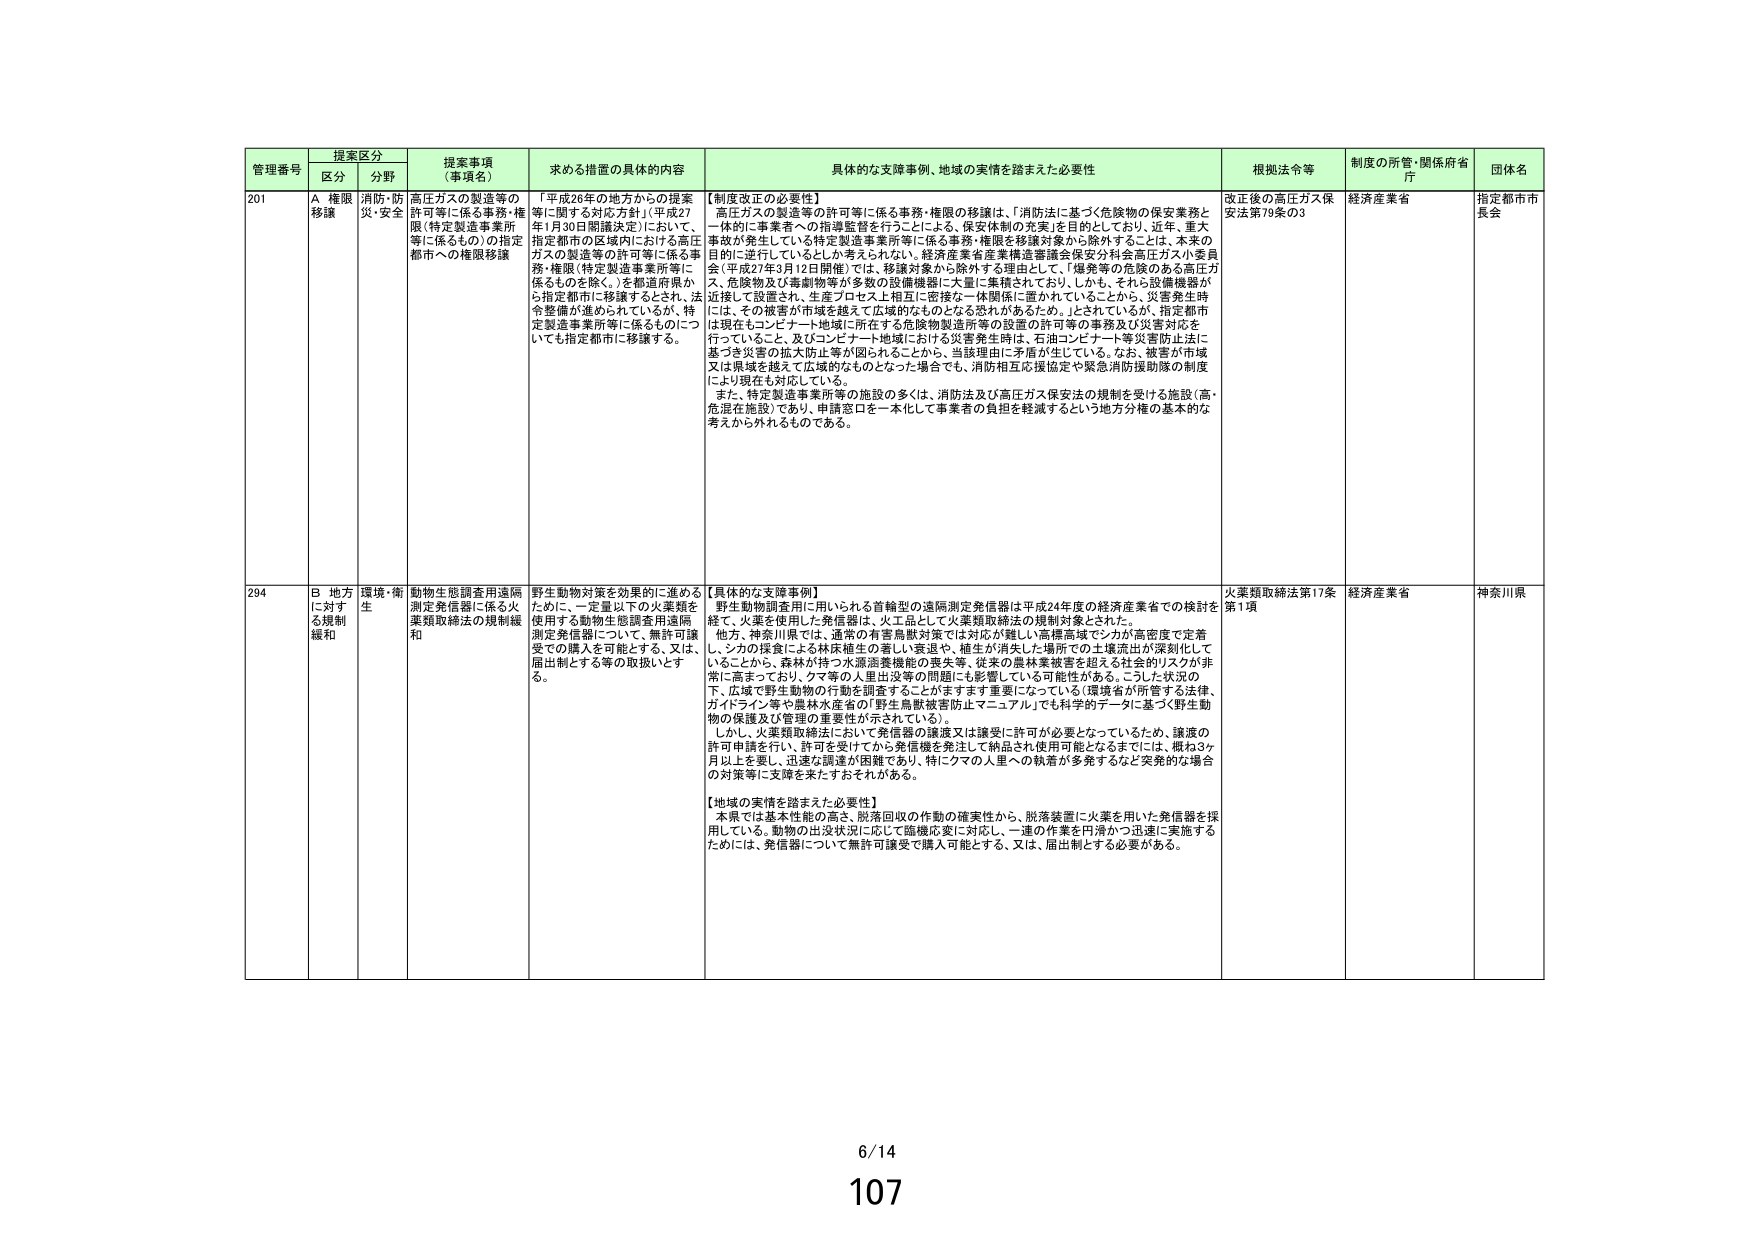
管理番号 提案区分 提案事項（事項名） 求める措置の具体的内容 具体的な支援事例、地域の実情を踏まえた必要性 根拠法令等 制度の所管・関係府省庁 団体名
区分 分野
201 A 権限移譲 消防・防災・安全 高圧ガスの製造等の許可等に係る事務・権限（特定製造事業所等に係るもの）の指定都市への権限移譲 「平成26年の地方からの提案等に関する対応方針」（平成27年1月30日閣議決定）において、指定都市の区域内における高圧ガスの製造等の許可等に係る事務・権限（特定製造事業所等に係るものを除く。）を都道府県から指定都市に移譲するとされ、法令整備が進められているが、特定製造事業所等に係るものについても指定都市に移譲する。
【制度改正の必要性】
高圧ガスの製造等の許可等に係る事務・権限の移譲は、「消防法に基づく危険物の保安業務と一体的に事業者への指導監督を行うことによる、保安体制の充実」を目的としており、近年、重大事故が発生している特定製造事業所等に係る事務・権限を移譲対象から除外することは、本来の目的に逆行しているとしか考えられない。経済産業省産業構造審議会保安分科会高圧ガス小委員会（平成27年2月12日開催）では、移譲対象から除外する理由として、「爆発等の危険のある高圧ガス、危険物及び毒劇物等が多数の設備機器に大量に集積されており、しかも、それら設備機器が近接して設置され、生産プロセス上相互に密接な一体関係に置かれていることから、災害発生時には、その被害が市域を越えて広域的なるとなる恐れがあるため。」とされているが、指定都市は現在もコンビナート地域に所在する危険物製造所等の設置の許可等の事務及び災害対応を行っていること、及びコンビナート地域における災害発生時は、石油コンビナート等災害防止法に基づき災害の拡大防止等が図られることから、当該理由に矛盾が生じている。なお、被害が市域又は県域を越えて広域的なものとなった場合でも、消防相互応援協定や緊急消防援助隊の制度により現在も対応している。
また、特定製造事業所等の施設の多くは、消防法及び高圧ガス保安法の規制を受ける施設（高・危混在施設）であり、申請窓口を一本化して事業者の負担を軽減するという地方分権の基本的な考えから外れるものである。
改正後の高圧ガス保安法第79条の3 経済産業省 指定都市市長会
294 B 地方に対する規制緩和 環境・衛生 動物生態調査用遠隔測定発信器に係る火薬類取締法の規制緩和 野生動物対策を効果的に進めるために、一定量以下の火薬類を使用する動物生態調査用遠隔測定発信器について、無許可譲受での購入を可能とする、又は、届出制とする等の取扱いとする。
【具体的な支援事例】
野生動物調査用に用いられる首輪型の遠隔測定発信器は平成24年度の経済産業省での検討を経て、火薬を使用した発信器は、火工品として火薬類取締法の規制対象とされた。
他方、神奈川県では、通常の有害鳥獣対策では対応が難しい高標高域でシカが高密度で定着し、シカの採食による林床植生の著しい衰退や、植生が消失した場所での土壌流出が深刻化していることから、森林が持つ水源涵養機能の喪失等、従来の農林業被害を超える社会的リスクが非常に高まっており、クマ等の入里出没等の問題にも影響している可能性がある。こうした状況の下、広域で野生動物の行動を調査することがますます重要になっている（環境省が所管する法律、ガイドライン等や農林水産省の「野生鳥獣被害防止マニュアル」でも科学的データに基づく野生動物の保護及び管理の重要性が示されている）。
しかし、火薬類取締法において発信器の譲渡又は譲受に許可が必要となっているため、譲渡の許可申請を行い、許可を受けてから発信機を発注して納品され使用可能となるまでには、概ね3ヶ月以上を要し、迅速な調達が困難であり、特にクマの入里への執着が多発するなど突発的な場合の対策等に支障を来たすおそれがある。
【地域の実情を踏まえた必要性】
本県では基本性能の高さ、脱落回収の作動の確実性から、脱落装置に火薬を用いた発信器を採用している。動物の出没状況に応じて臨機応変に対応し、一連の作業を円滑かつ迅速に実施するためには、発信器について無許可譲受で購入可能とする、又は、届出制とする必要がある。
火薬類取締法第17条第1項 経済産業省 神奈川県
6/14
107